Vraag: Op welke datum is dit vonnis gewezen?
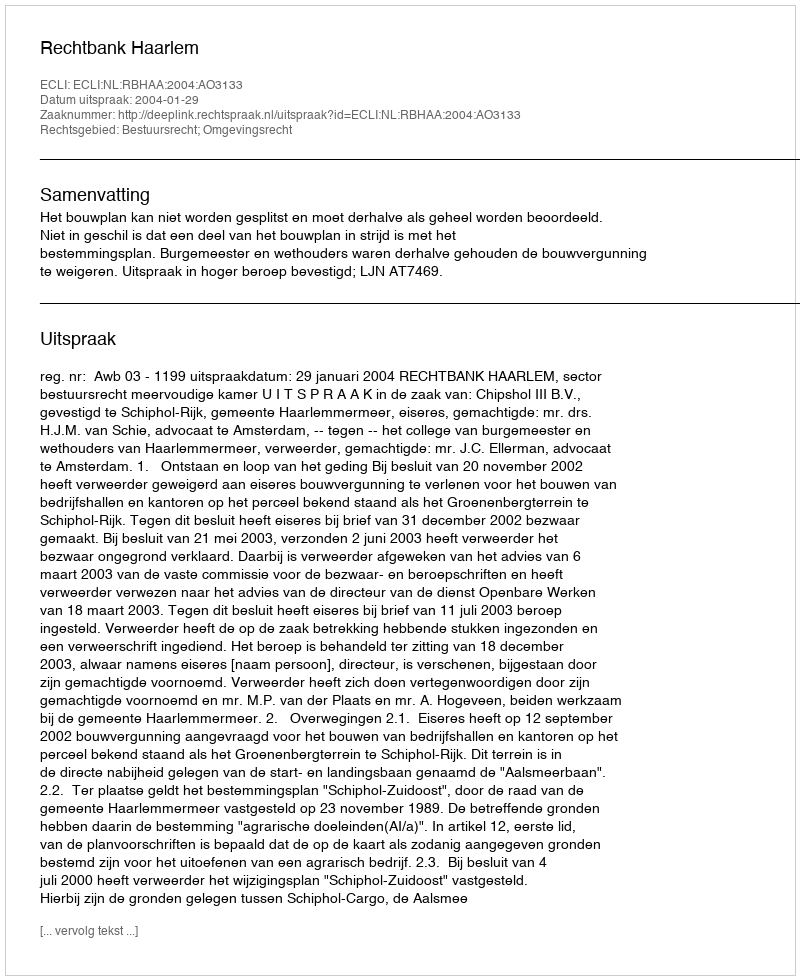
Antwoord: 2004-01-29